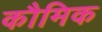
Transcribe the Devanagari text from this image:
कौमिक